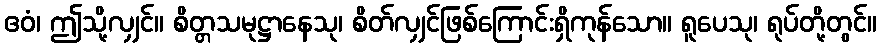
ဧဝံ၊ ဤသို့လျှင်။ စိတ္တသမုဋ္ဌာနေသု၊ စိတ်လျှင်ဖြစ်ကြောင်းရှိကုန်သော။ ရူပေသု၊ ရုပ်တို့တွင်။